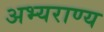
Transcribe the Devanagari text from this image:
अभ्‍यराण्‍य